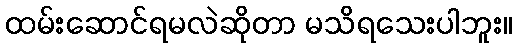
ထမ်းဆောင်ရမလဲဆိုတာ မသိရသေးပါဘူး။